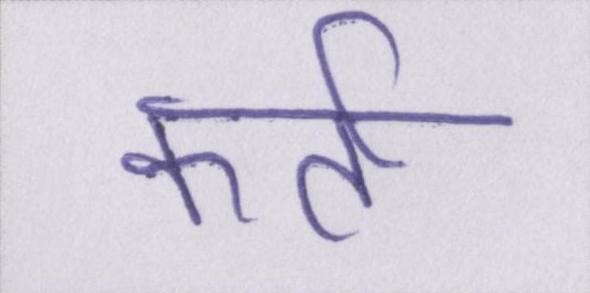
कर्ता